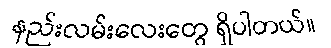
နည်းလမ်းလေးတွေ ရှိပါတယ်။